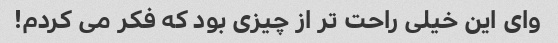
وای این خیلی راحت تر از چیزی بود که فکر می کردم!